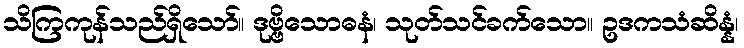
သိကြကုန်သည်ရှိသော်။ ဒုဗ္ဗိသောဓနံ၊ သုတ်သင်ခက်သော။ ဥဒကသံဆိန္နံ၊